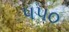
૫૫૦